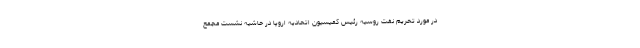
در مورد تحریم نفت روسیه رئیس کمیسیون اتحادیه اروپا در حاشیه نشست مجمع